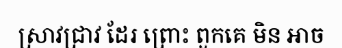
ស្រាវជ្រាវ ដែរ ព្រោះ ពួកគេ មិន អាច